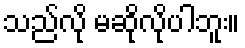
သည်လို မဆိုလိုပါဘူး။